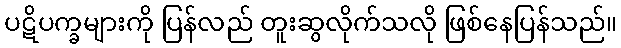
ပဋိပက္ခများကို ပြန်လည် တူးဆွလိုက်သလို ဖြစ်နေပြန်သည်။